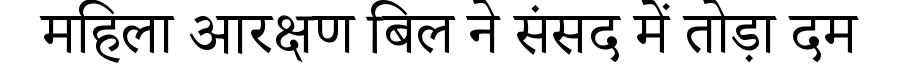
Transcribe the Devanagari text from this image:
महिला आरक्षण बिल ने संसद में तोड़ा दम